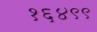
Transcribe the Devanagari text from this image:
१६४९९